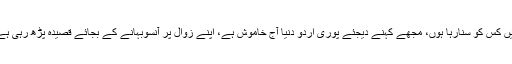
میں کس کو سنارہا ہوں، مجھے کہنے دیجئے پوری اُردو دنیا آج خاموش ہے، اپنے زوال پر آنسوبہانے کے بجائے قصیدہ پڑھ رہی ہے۔